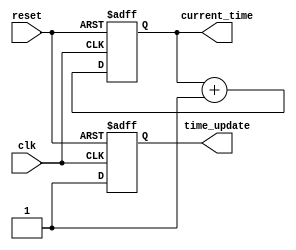
module time_init #(
    parameter START_TIME = 0,        // Initial simulation start time
    parameter TIME_RESOLUTION = 1     // Time resolution in nanoseconds (default: 1ns)
)(
    input wire clk,                   // Clock input
    input wire reset,                 // Reset input to initialize current time
    output reg [31:0] current_time,   // Output for current simulation time
    output reg time_update            // Signal indicating time has been updated
);

    reg [31:0] increment_time;        // Time increment based on resolution

    // Initialize parameters
    initial begin
        current_time = START_TIME;    // Set current time to start time
        time_update = 1'b0;           // Initially, no update signal
        increment_time = TIME_RESOLUTION; // Set time increment
    end

    // Always block for clock events
    always @(posedge clk or posedge reset) begin
        if (reset) begin
            current_time <= START_TIME; // Reset current time to start time
            time_update <= 1'b0;         // No update
        end else begin
            current_time <= current_time + increment_time; // Increment current time
            time_update <= 1'b1; // Signal time has been updated
        end
    end

endmodule